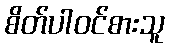
စိတ်ပါဝင်စားသူ